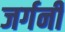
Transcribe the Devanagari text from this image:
जर्गनी